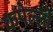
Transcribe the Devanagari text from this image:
कपेल्ली